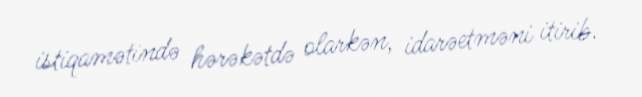
istiqamətində hərəkətdə olarkən, idarəetməni itirib.